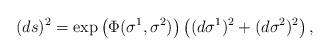
LaTeX: \begin{align*}(ds)^{2} = \exp\left(\Phi(\sigma^{1},\sigma^{2})\right) \left( (d\sigma^{1})^{2} + (d\sigma^{2})^{2}\right),\end{align*}